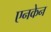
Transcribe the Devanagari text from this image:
एनकेन